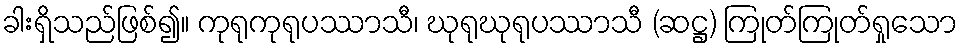
ခါးရှိသည်ဖြစ်၍။ ကုရုကုရုပဿာသီ၊ ဃုရုဃုရုပဿာသီ (ဆဋ္ဌ) ကြုတ်ကြုတ်ရှုသော